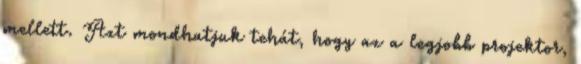
mellett. Azt mondhatjuk tehát, hogy az a legjobb projektor,